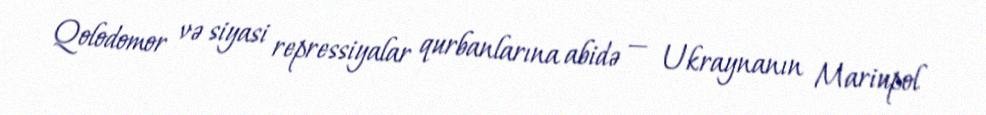
Qolodomor və siyasi repressiyalar qurbanlarına abidə — Ukraynanın Mariupol